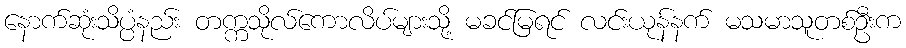
နောက်ဆုံးသိပ္ပံနည်း တက္ကသိုလ်ကောလိပ်များသို့ မခင်မြရင် လင်းယုန်နက် မသမာသူတစ်ဦးက